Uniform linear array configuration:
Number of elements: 48
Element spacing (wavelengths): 0.25
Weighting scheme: kaiser
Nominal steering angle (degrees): -15
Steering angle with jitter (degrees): -16.055
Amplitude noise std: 0.05
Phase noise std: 0.05

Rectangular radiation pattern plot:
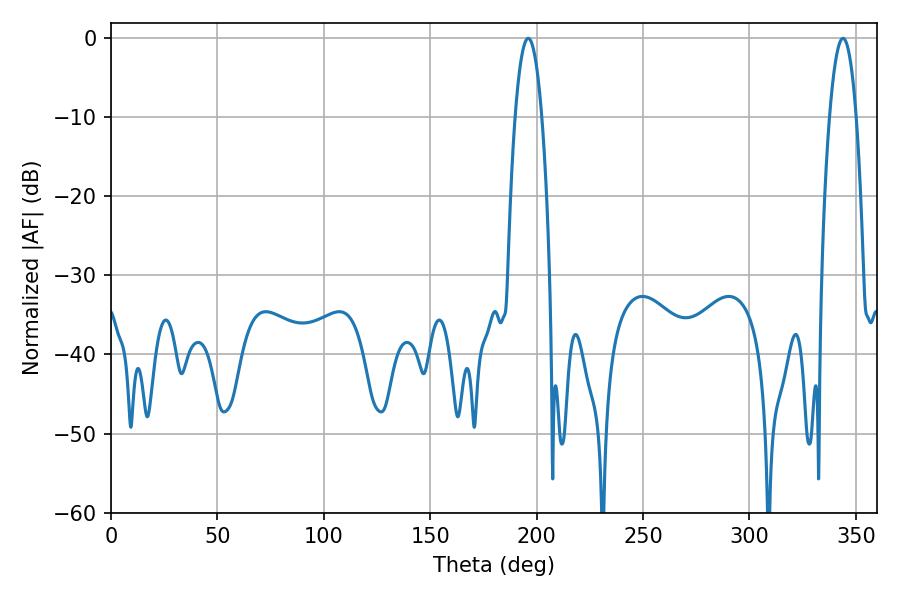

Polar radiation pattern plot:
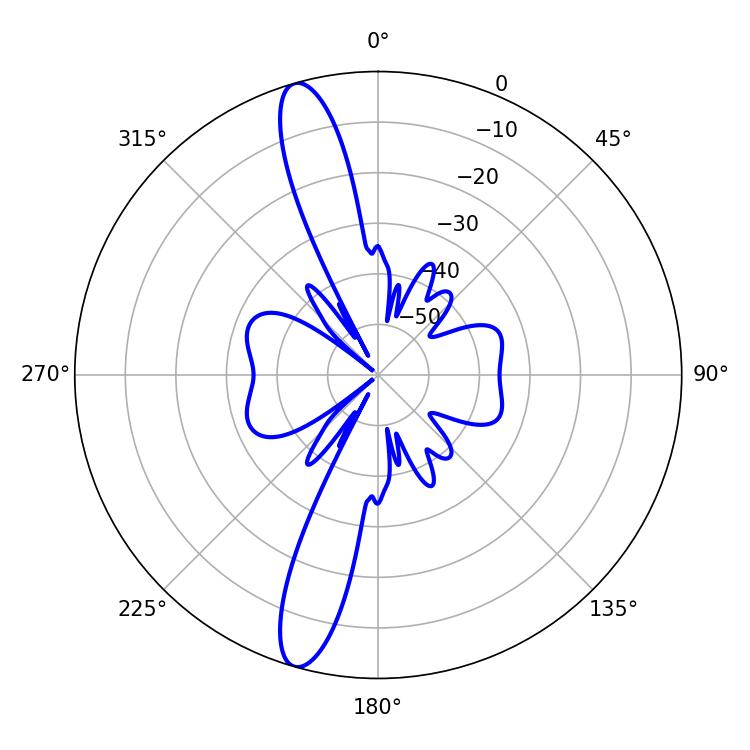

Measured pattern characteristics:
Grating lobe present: FALSE
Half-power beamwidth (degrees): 7.02
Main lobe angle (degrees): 196.02